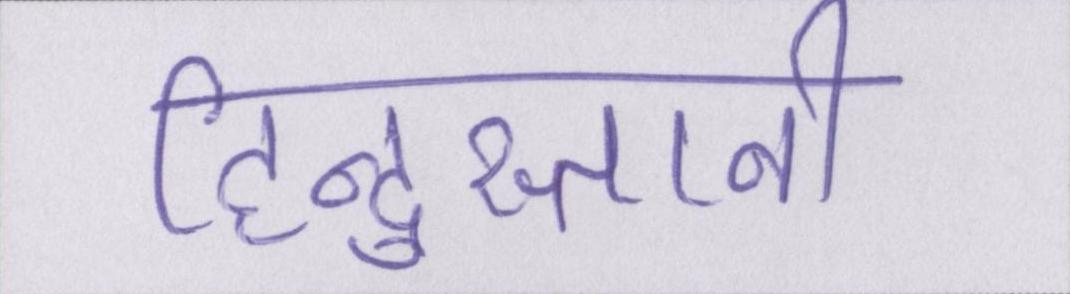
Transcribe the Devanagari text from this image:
हिन्दुस्तानी